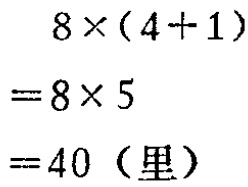
\[

\begin{align*}

8\times(4 + 1)&\\

=8\times5&\\

=40 \text{（里）}&

\end{align*}

\]